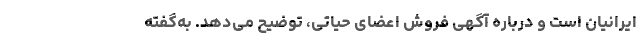
ایرانیان است و درباره آگهی فروش اعضای حیاتی، توضیح می‌دهد. به‌گفته